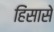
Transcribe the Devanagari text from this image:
हिंसासे